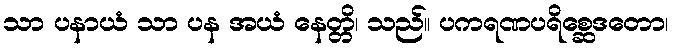
သာ ပနာယံ သာ ပန အယံ နေတ္တိ၊ သည်။ ပကရဏပရိစ္ဆေဒတော၊